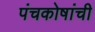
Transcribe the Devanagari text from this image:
पंचकोषांची